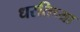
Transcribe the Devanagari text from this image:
धरतिच्या